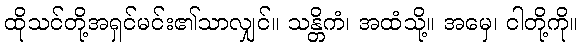
ထိုသင်တို့အရှင်မင်း၏သာလျှင်။ သန္တိကံ၊ အထံသို့။ အမှေ၊ ငါတို့ကို။